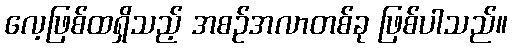
လေ့ဖြစ်ထရှိသည့် အစဉ်အလာတစ်ခု ဖြစ်ပါသည်။